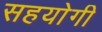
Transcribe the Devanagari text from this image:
सहयाेगी